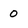
Character: 0